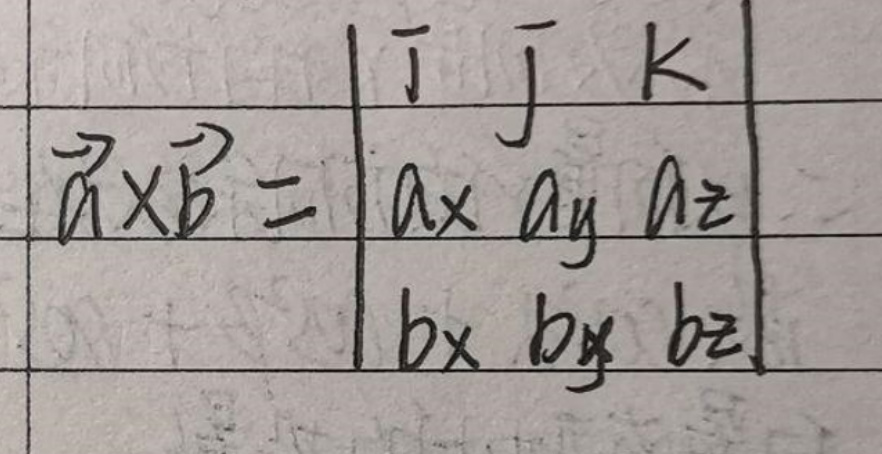
\vec{a} \times \vec{b} =
\begin{vmatrix}
\vec{i} & \vec{j} & \vec{k} \\
a_x & a_y & a_z \\
b_x & b_y & b_z
\end{vmatrix}